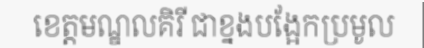
ខេត្តមណ្ឌលគិរី ជាខ្នងបង្អែកប្រមូល